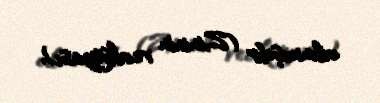
alınmışdır (Zininin reaksiyası).